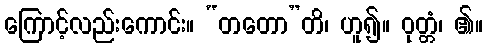
ကြောင့်လည်းကောင်း။ “တတော”တိ၊ ဟူ၍။ ဝုတ္တံ၊ ၏။